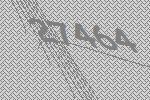
27464